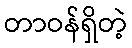
တာဝန်ရှိတဲ့